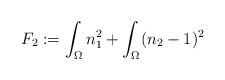
LaTeX: \begin{align*}F_2:=\int_\Omega n_1^2 + \int_\Omega (n_2-1)^2\end{align*}